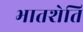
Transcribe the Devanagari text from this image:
भातशेति